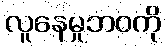
လူနေမှုဘဝကို